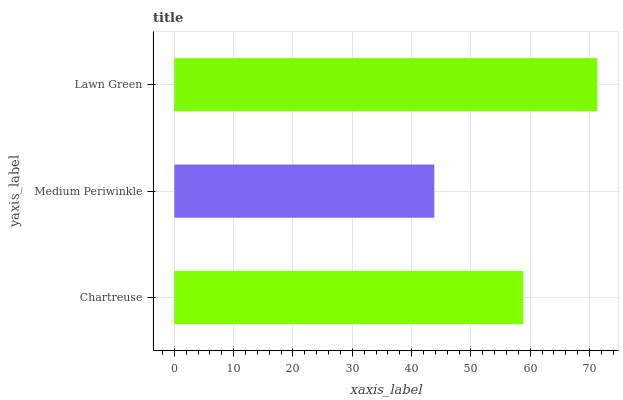
| yaxis_label | bars |
 | --- | --- |
 | Chartreuse | 58.8 |
 | Medium Periwinkle | 43.8 |
 | Lawn Green | 71.3 |